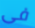
فى